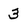
Character: 3